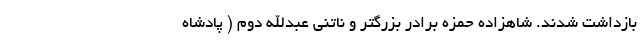
بازداشت شدند. شاهزاده حمزه برادر بزرگتر و ناتنی عبدالله دوم ( پادشاه